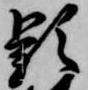
頴